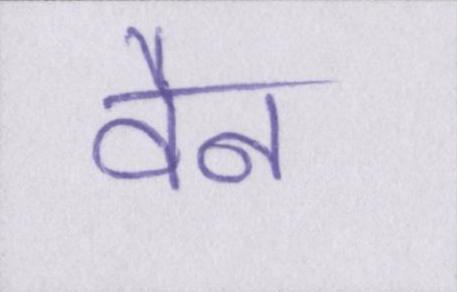
वैन